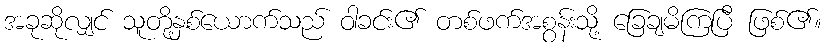
အခုဆိုလျှင် သူတို့နှစ်ယောက်သည် ဝါခင်း၏ တစ်ဖက်အစွန်းသို့ ခြေချမိကြပြီ ဖြစ်၏။